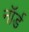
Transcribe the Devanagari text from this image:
नॉर्ड